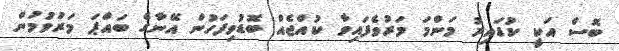
ބޮސް އަކީ ކުޑައިރު މަންމަ މަރުވެފައިވާ ކުއްޖެއް ބޮޑުވިފަހުން އޭނާގެ ބައްޕަ މަރުވުމުން